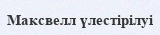
Максвелл үлестірілуі